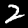
Label: 2